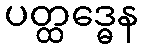
ပတ္ထဒ္ဓေန